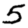
Digit: 5